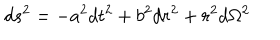
LaTeX: d s ^ { 2 } = - a ^ { 2 } d t ^ { 2 } + b ^ { 2 } d r ^ { 2 } + r ^ { 2 } d \Omega ^ { 2 }